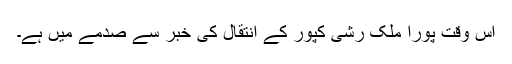
اس وقت پورا ملک رشی کپور کے انتقال کی خبر سے صدمے میں ہے۔